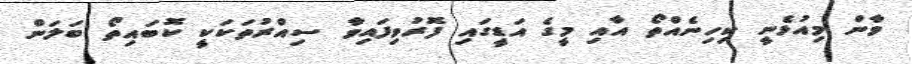
ވާން މިއުޅެނީ ކިހިނެއްތޯ އާއި މީގެ އަޑީގައި ފޮރުވިފައިވާ ސިއްރުތަކަކީ ކޮބައިތޯ ބަލަން